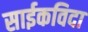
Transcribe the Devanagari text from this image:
साईकविदा